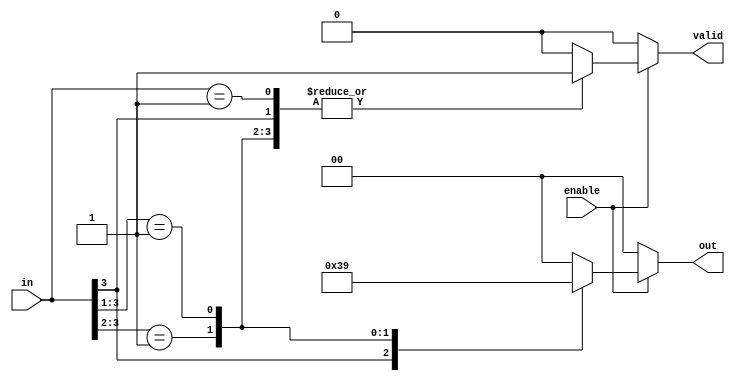
module priority_encoder (
    input wire [3:0] in,    // 4 input lines
    input wire enable,       // Enable signal
    output reg [1:0] out,    // 2 output lines
    output reg valid         // Valid signal to indicate if input is valid
);

    always @(*) begin
        if (enable) begin
            casez (in) // casez allows for don't care conditions
                4'b1??? : begin // If input 3 is high
                    out = 2'b11; // Output for input 3
                    valid = 1'b1;
                end
                4'b01?? : begin // If input 2 is high
                    out = 2'b10; // Output for input 2
                    valid = 1'b1;
                end
                4'b001? : begin // If input 1 is high
                    out = 2'b01; // Output for input 1
                    valid = 1'b1;
                end
                4'b0001 : begin // If input 0 is high
                    out = 2'b00; // Output for input 0
                    valid = 1'b1;
                end
                default: begin // No input is high
                    out = 2'b00; // Default output when no input is active
                    valid = 1'b0; // Invalid state
                end
            endcase
        end else begin
            out = 2'b00; // Reset output when not enabled
            valid = 1'b0; // Invalid state when not enabled
        end
    end

endmodule